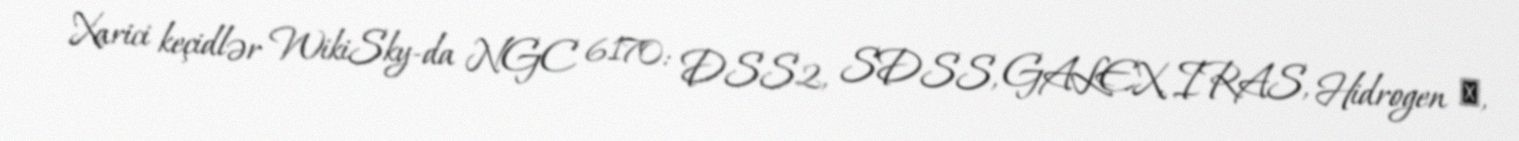
Xarici keçidlər WikiSky-da NGC 6170: DSS2, SDSS, GALEX, IRAS, Hidrogen α,